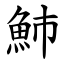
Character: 䰽